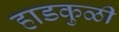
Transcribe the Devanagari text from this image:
हाडकुळी